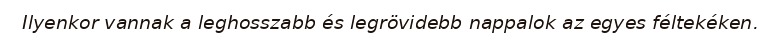
Ilyenkor vannak a leghosszabb és legrövidebb nappalok az egyes féltekéken.